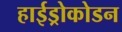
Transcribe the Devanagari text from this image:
हाईड्रोकोडन